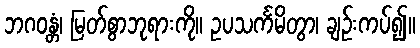
ဘဂဝန္တံ၊ မြတ်စွာဘုရားကို။ ဥပသင်္ကမိတွာ၊ ချဉ်းကပ်၍။